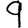
Digit: 9